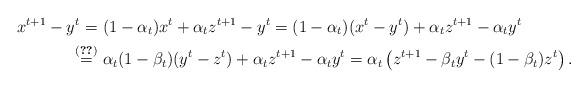
LaTeX: \begin{align*}x^{t+1}-y^t=\ &(1-\alpha_t)x^t+\alpha_tz^{t+1}-y^t = (1-\alpha_t)(x^t-y^t)+\alpha_tz^{t+1}-\alpha_t y^t\\\overset{\eqref{l2-e2}}{=}\ &\alpha_t(1-\beta_t)(y^t-z^t)+\alpha_tz^{t+1}-\alpha_t y^t= \alpha_t\left(z^{t+1}-\beta_t y^t - (1-\beta_t)z^t\right). \end{align*}